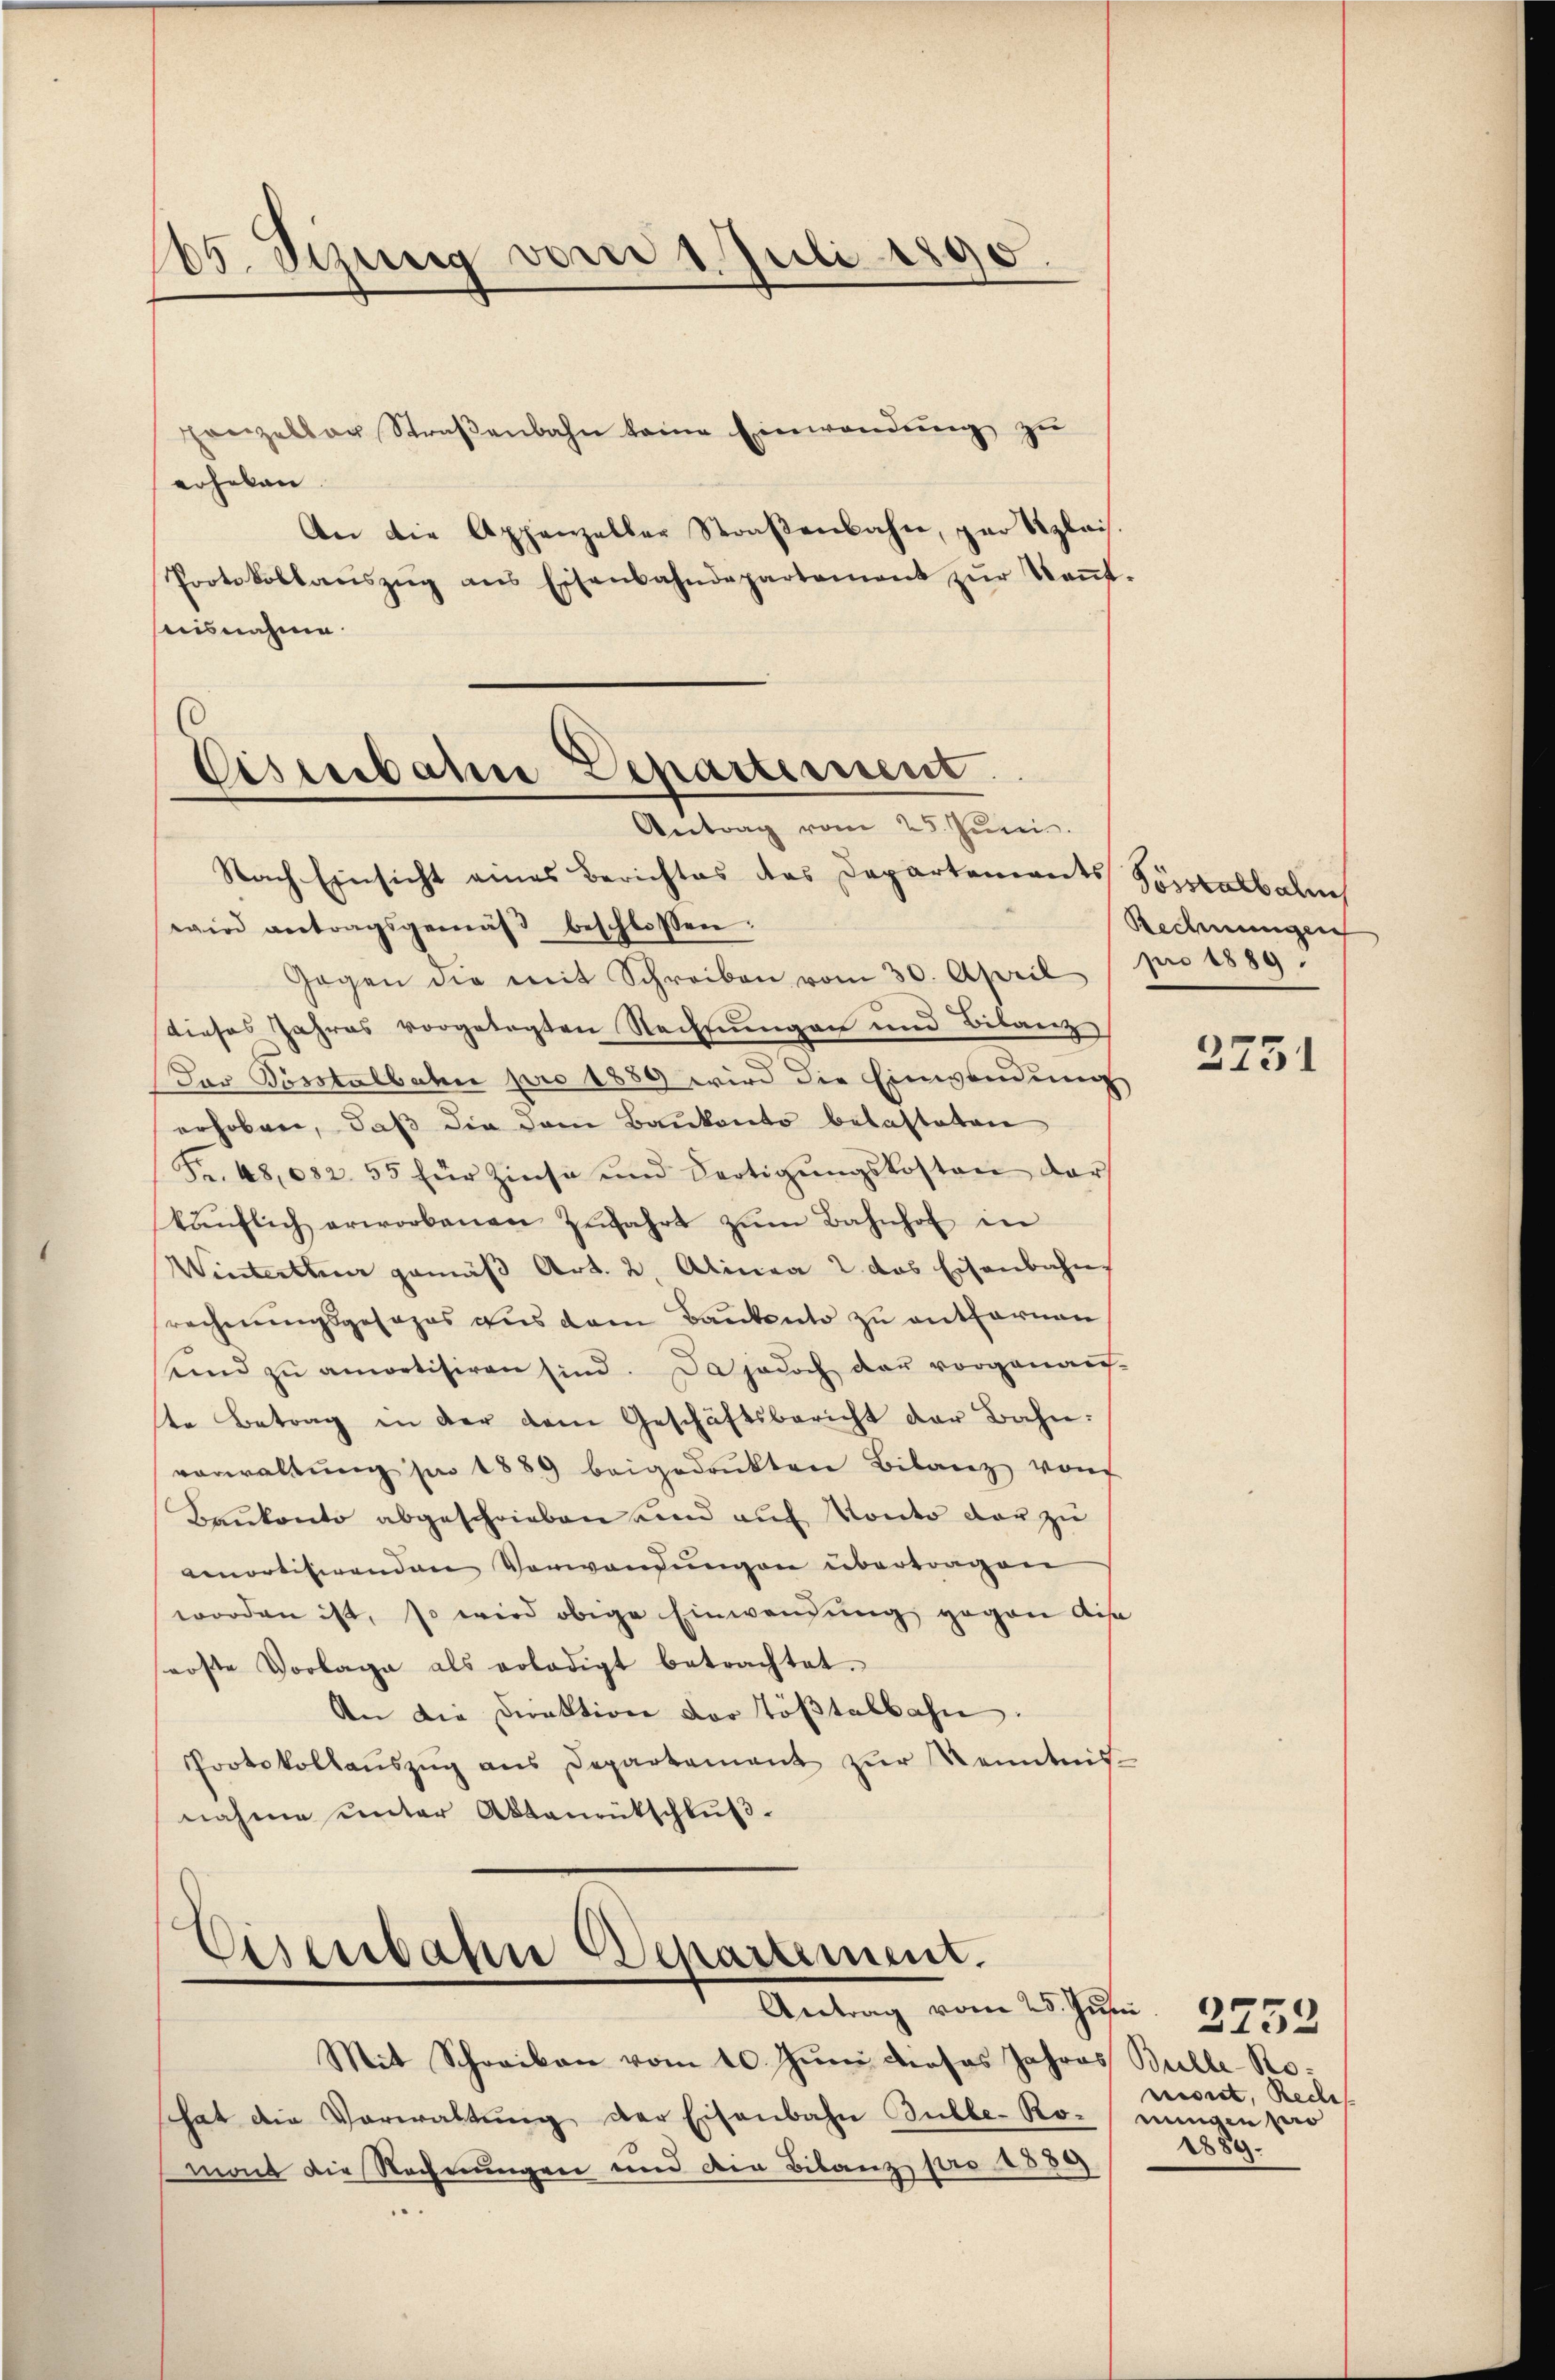
165. Seinig vom 1. Juli 1890.

panzellar Straβenbahn keine Einwendŭng zŭ
erheben
An die Appenzeller Straβenbahn, par Szlais.
Protokollaŭszŭg ans Eisenbahndepartement zŭr Keṅt.
uisnahme.

Eisenbahn Departement.
Antrag vom 25. Juni.

Nach Einsicht eines Berichtes des Departements Soptalbalc
wird antragsgemäβ beschlossen:
Gegen die mit Schreiben vom 30. April 1 pro 1889.
dieses Jahres vorgelegten Nachsungen und Bilanz
dor Posstalbahn pro 1889 wird die Einwendung
erhoben, daß die dem Baukonto belasteten
Fr. 48,032. 55 für Zinse und Fertigŭngskosten dar
käŭflich erworbenen Zŭfahrt zŭm Bahnhof in
Winterthur gemäß Art. 2, Alinea 2. das Eisenbahns
srechnungsgesages aus dem Bautento zu entfernen,
sund zu amotisiren sind. Da jedoch der vorgenauf-
ste Betrag in der dem Geschäftsbericht der Bahn:
vorwaltŭng pr 1889 beigedrukten Bilanz von
Bankonto abgeschrieben und auf Konto der zu
amortisirenden Verwendungen übertragen
worden ist, so wird obige Einwendung gegen dis
erste Vorlage als erledigt betrachtet.
An die Direktion der Tößtalbahn.
Protokollaŭszŭg ans Departement zŭr Kenntnis-
nahme unter Aktenrütschluß.

Eisenbahn Departement.
Antrag vom 25. Juni

Mit Schreiben vom 10. Jŭni dieses Jahres Bulle Nohat die Verwaltung der Eisenbahn Bulle-Ro-
mont die Rechnungen und die Bilanz pro 1830)

Rechnungen

2751

2752
risirt, Rech
nungen pro
2889.